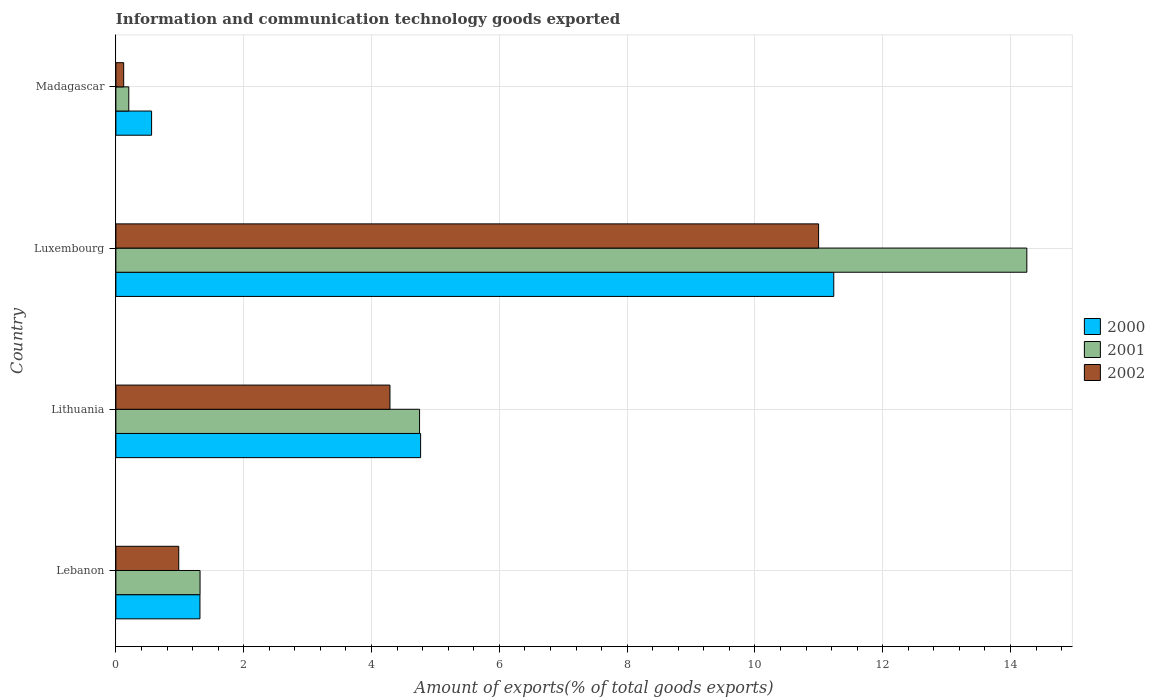
| Country | 2000 | 2001 | 2002 |
 | --- | --- | --- | --- |
 | Lebanon | 1.32 | 1.32 | 0.984 |
 | Lithuania | 4.77 | 4.75 | 4.29 |
 | Luxembourg | 11.2 | 14.3 | 11 |
 | Madagascar | 0.559 | 0.202 | 0.122 |